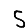
Digit: 5